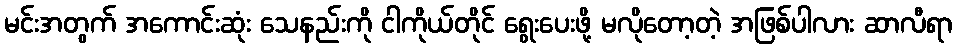
မင်းအတွက် အကောင်းဆုံး သေနည်းကို ငါကိုယ်တိုင် ရွေးပေးဖို့ မလိုတော့တဲ့ အဖြစ်ပါလား ဆာလီရာ